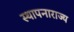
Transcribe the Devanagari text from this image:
स्थापनाराज्य